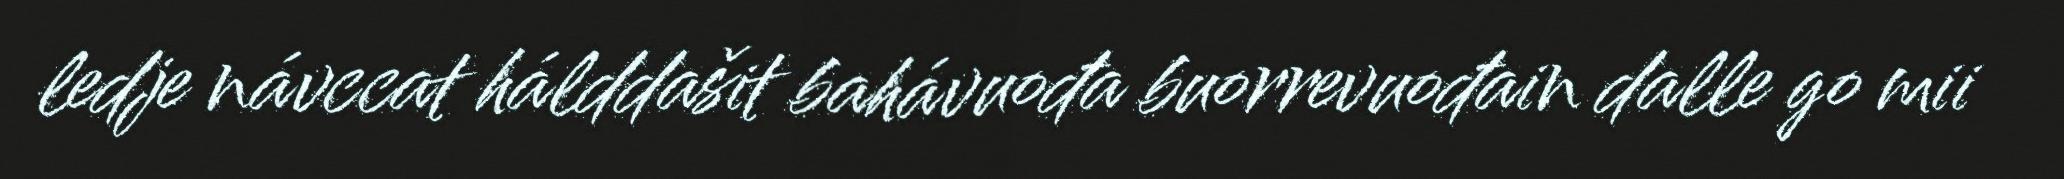
ledje návccat hálddašit bahávuođa buorrevuođain dalle go mii